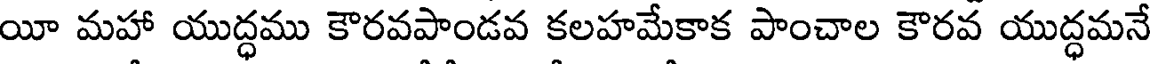
యీ మహా యుద్ధము కౌరవపాండవ కలహమేకాక పాంచాల కౌరవ యుద్ధమనే